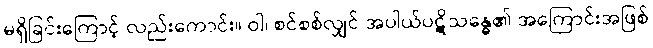
မရှိခြင်းကြောင့် လည်းကောင်း။ ဝါ၊ စင်စစ်လျှင် အပါယ်ပဋိသန္ဓေ၏ အကြောင်းအဖြစ်